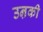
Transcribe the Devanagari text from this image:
उऩकी